Civil Veterinary Dept. North-West Frontier Province 1901-22 - 1901-1922
Year: 1901
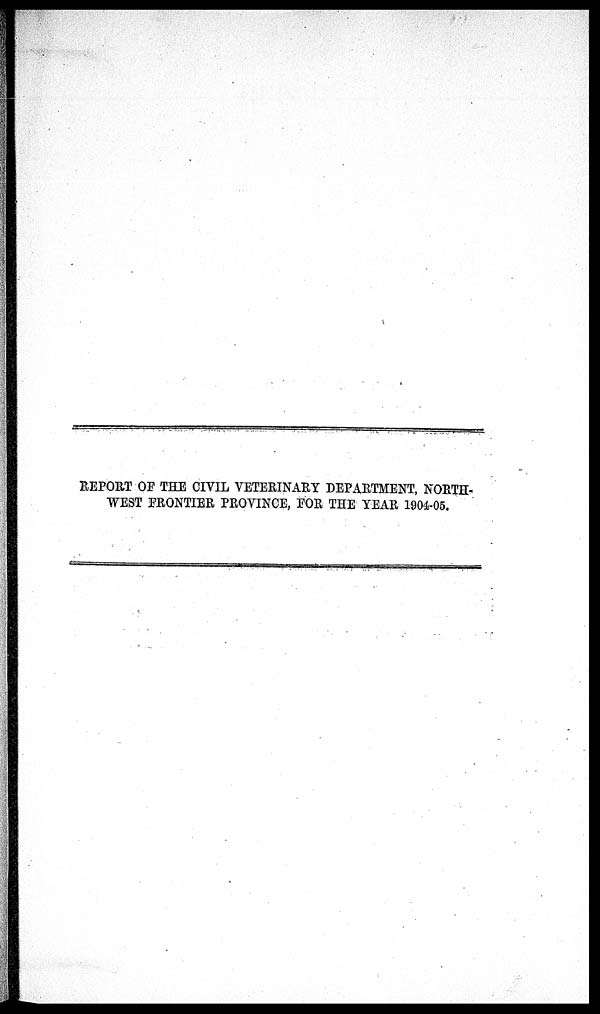
REPORT OF THE CIVIL VETERINARY DEPARTMENT, NORTH-
WEST FRONTIER PROVINCE, FOR THE YEAR 1904-05.